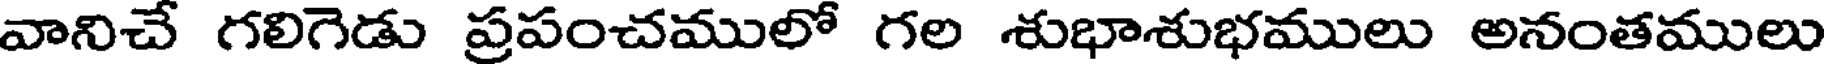
వానిచే గలిగెడు ప్రపంచములో గల శుభాశుభములు అనంతములు